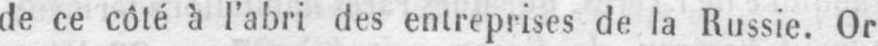
de ce côté à l’abri des entreprises de la Russie. Or